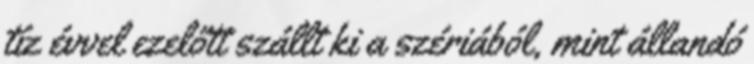
tíz évvel ezelőtt szállt ki a szériából, mint állandó